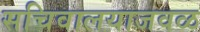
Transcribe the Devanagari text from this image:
सचिवालयाजवळ